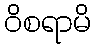
ဝိစရာမိ